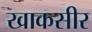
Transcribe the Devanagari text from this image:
खाकसीर